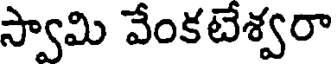
స్వామి వేంకటేశ్వరా